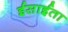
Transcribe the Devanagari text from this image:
ईसाईता